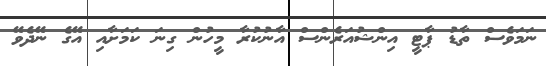
ނަމަވެސް ތާޑު ޕާޓީ އިންޝުއަރެންސް އާނުކުރާ މީހުން ގިނަ ކަމަށާއި އޭގެ ނޭދެވޭ